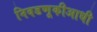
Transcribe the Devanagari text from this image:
निवडणूकीआधी